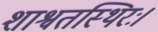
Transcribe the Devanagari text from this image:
शाश्वतस्थिरः।